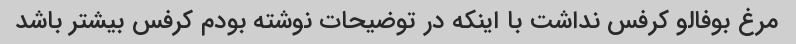
مرغ بوفالو کرفس نداشت با اینکه در توضیحات نوشته بودم کرفس بیشتر باشد